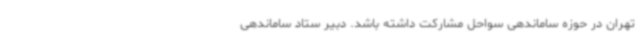
تهران در حوزه ساماندهی سواحل مشارکت داشته باشد. دبیر ستاد ساماندهی